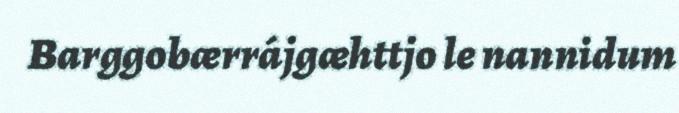
Barggobærrájgæhttjo le nannidum